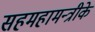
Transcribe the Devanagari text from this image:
सहमहामन्त्रीके